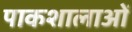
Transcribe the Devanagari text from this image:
पाकशालाओं